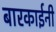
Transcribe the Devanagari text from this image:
बारकाईनी